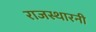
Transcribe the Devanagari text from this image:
राजस्थारनी